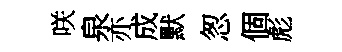
咲泉亦成默怱個彪